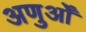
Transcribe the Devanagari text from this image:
अणुओँ